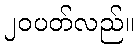
၂၀ပတ်လည်။